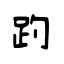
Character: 趵